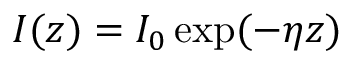
I ( z ) = I _ { 0 } \exp ( - \eta z )